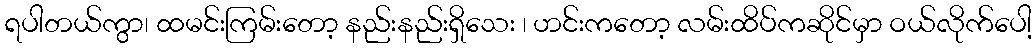
ရပါတယ်ကွာ၊ ထမင်းကြမ်းတော့ နည်းနည်းရှိသေး ၊ ဟင်းကတော့ လမ်းထိပ်ကဆိုင်မှာ ဝယ်လိုက်ပေါ့